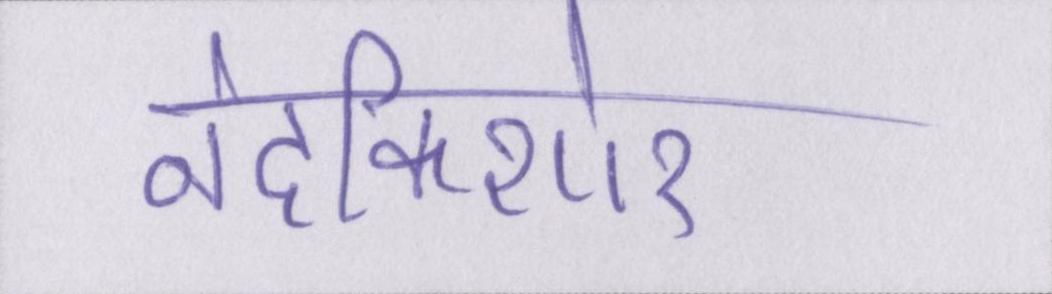
नंदकिशोर